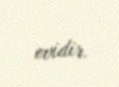
evidir.